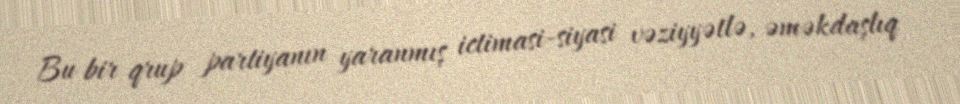
Bu bir qrup partiyanın yaranmış ictimasi-siyasi vəziyyətlə, əməkdaşlıq